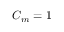
C _ { m } = 1